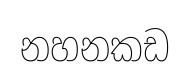
නහනකඩ